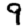
Digit: 9